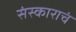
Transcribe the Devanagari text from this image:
संस्काराचं